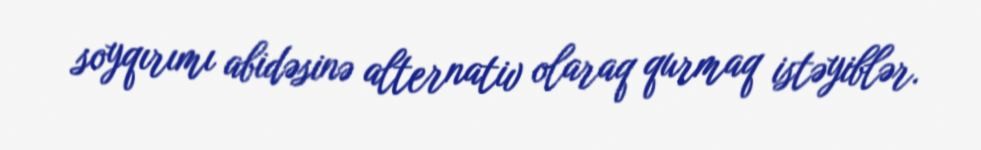
soyqırımı abidəsinə alternativ olaraq qurmaq istəyiblər.